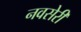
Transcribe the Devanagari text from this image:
नवसेरी